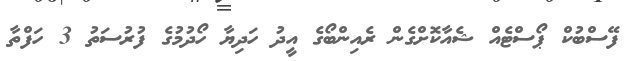
ފޭސްބުކް ޕޯސްޓެއް ޝެއާކޮށްގެން ރެއިންބޯގެ އީދު ހަދިޔާ ހޯދުމުގެ ފުރުސަތު 3 ހަފްތާ